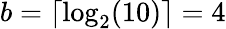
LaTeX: b=\lceil\log_{2}(10)\rceil=4